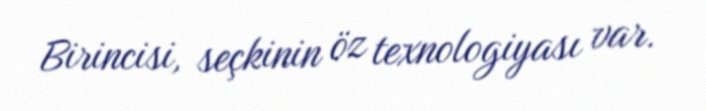
Birincisi, seçkinin öz texnologiyası var.